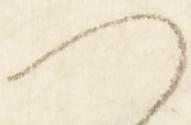
は